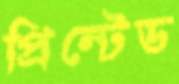
প্রিন্টেড